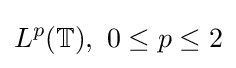
L^{p}(\mathbb {T} ),\ 0\leq p\leq 2